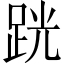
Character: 𫏈